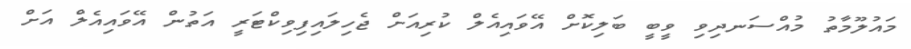
މައުލޫމާތު މުއްސަނދިވި ވީބީ ބަލިކޮށް އޭވައިއެލް ކުރިއަށް ޖެހިލައިފިވިކްޓަރީ އަތުން އޭވައިއެލް އަށް